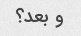
و بعد؟